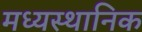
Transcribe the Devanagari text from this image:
मध्यस्थानिक